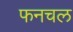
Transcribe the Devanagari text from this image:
फनचल